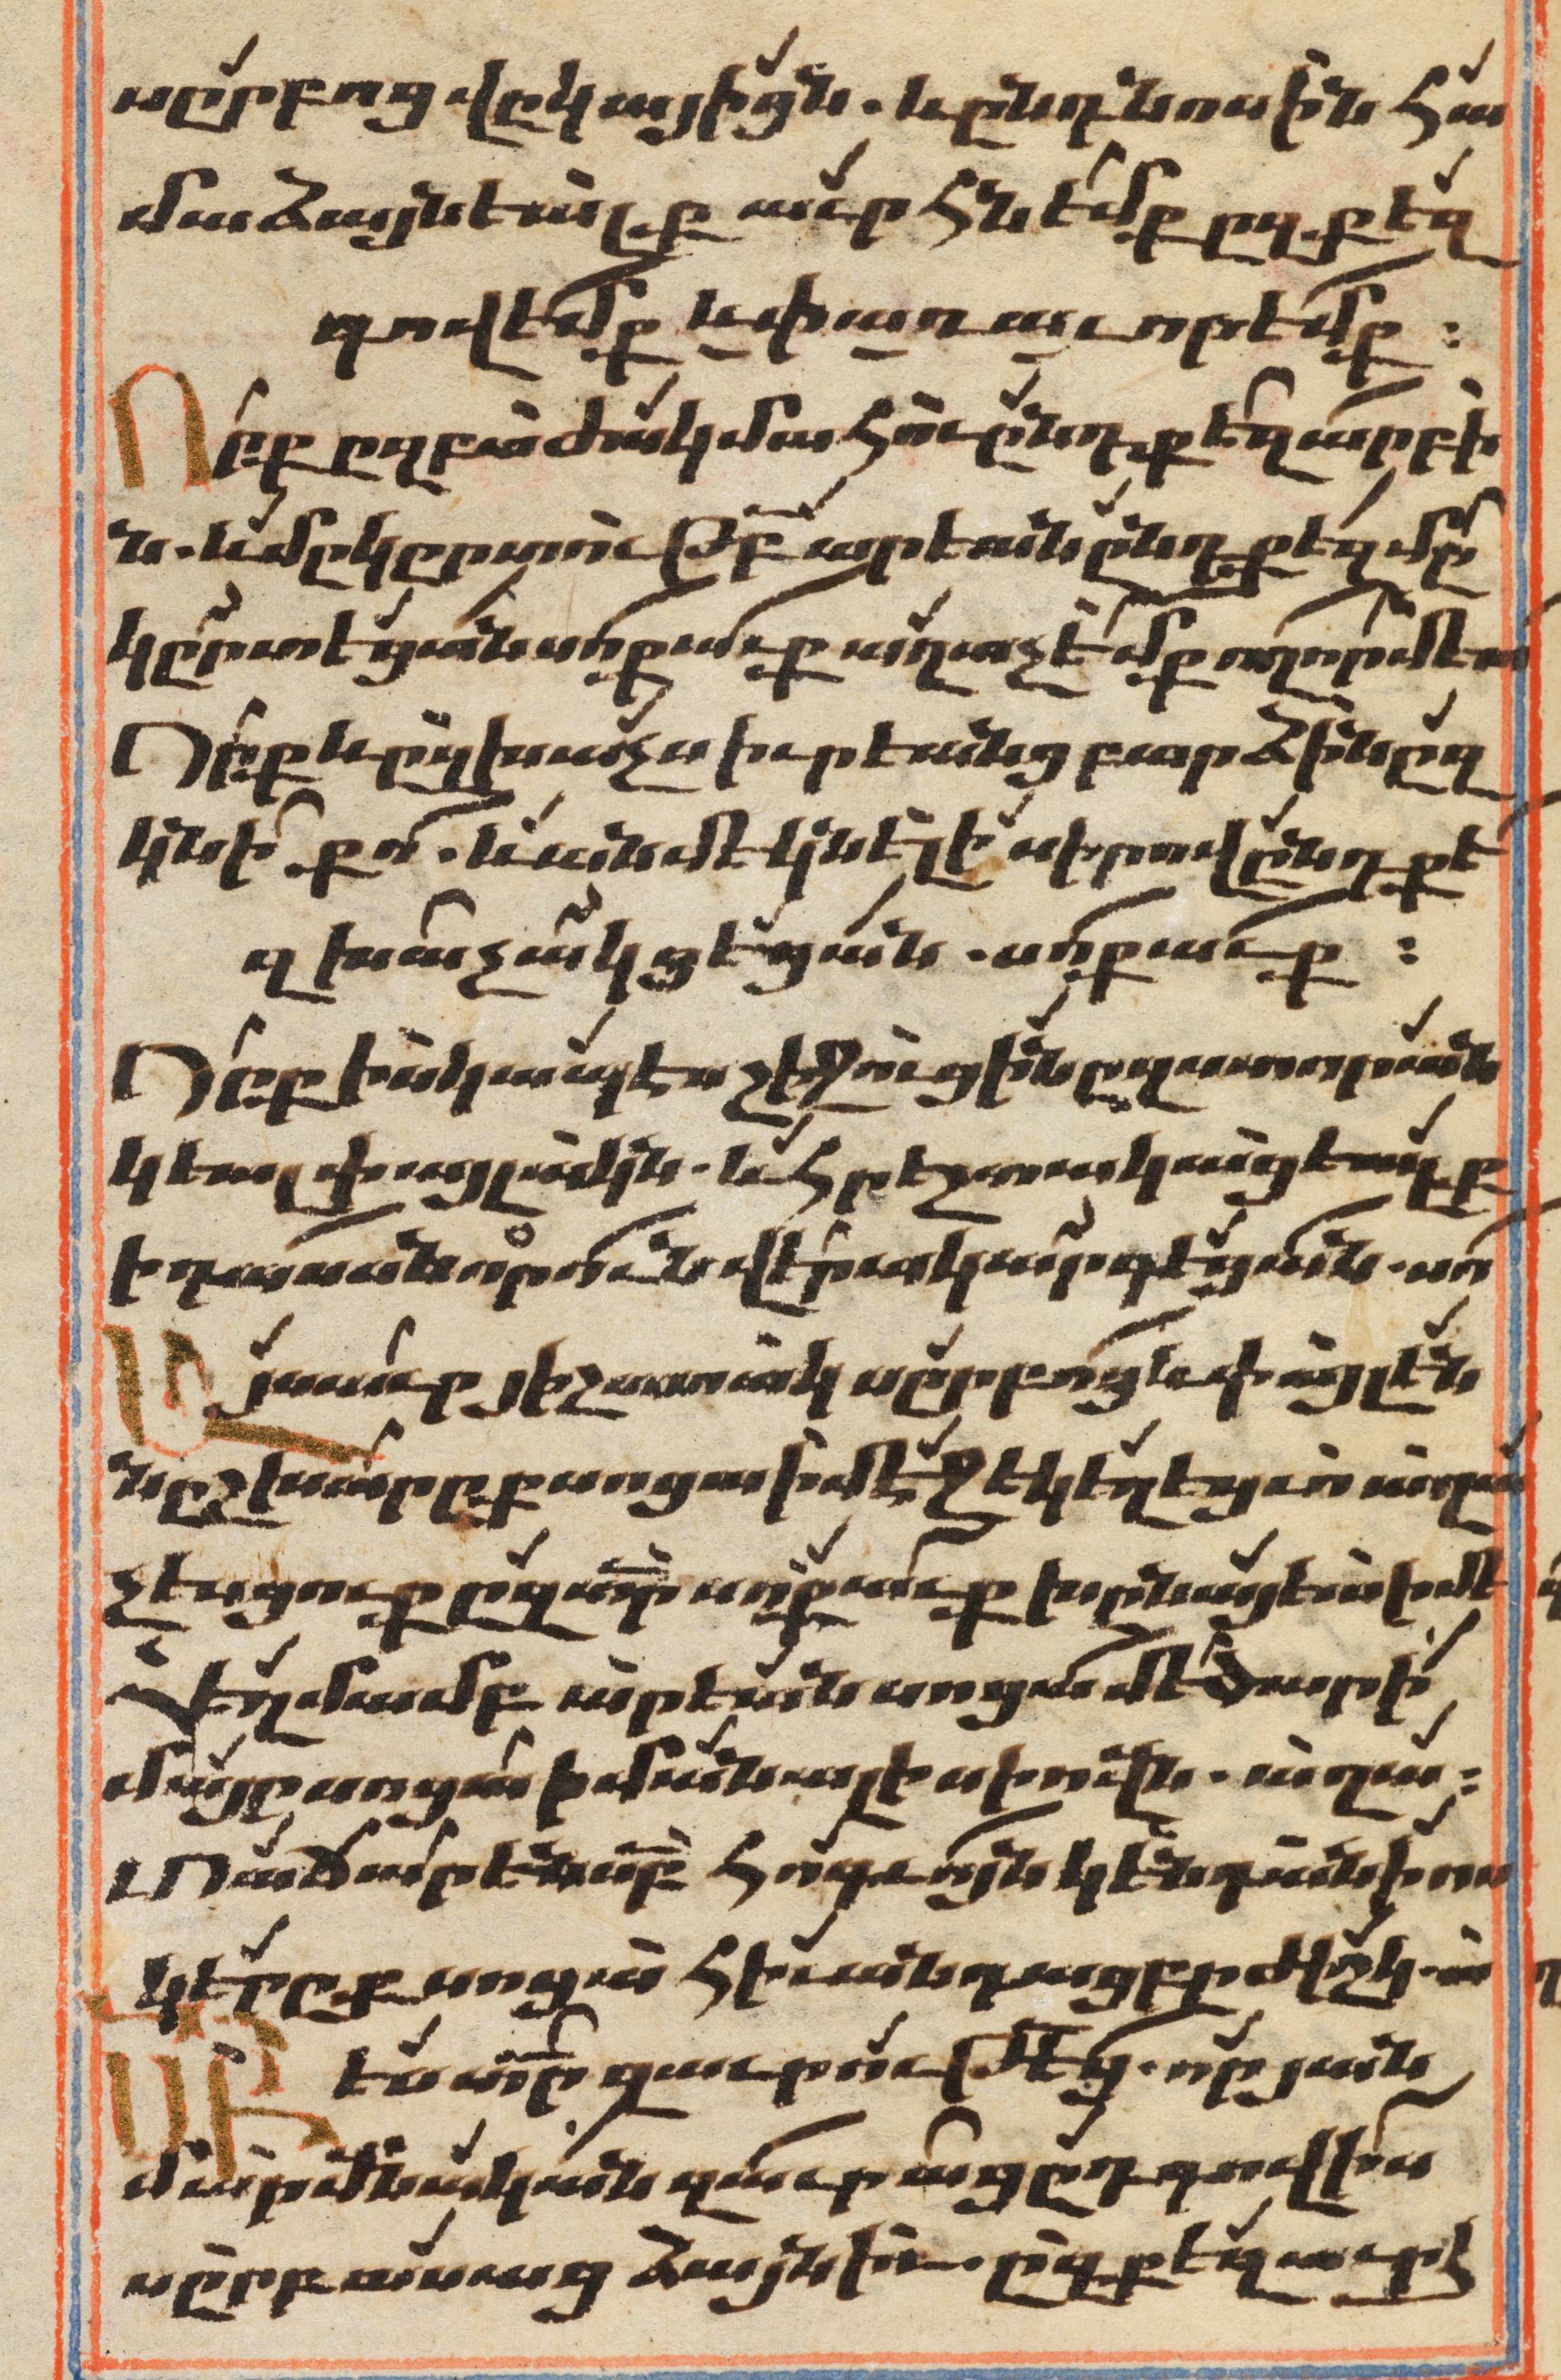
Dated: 1647–1647